38_143685_box_Incident_Summaries_101-172
Agency: Department of War
Page 101
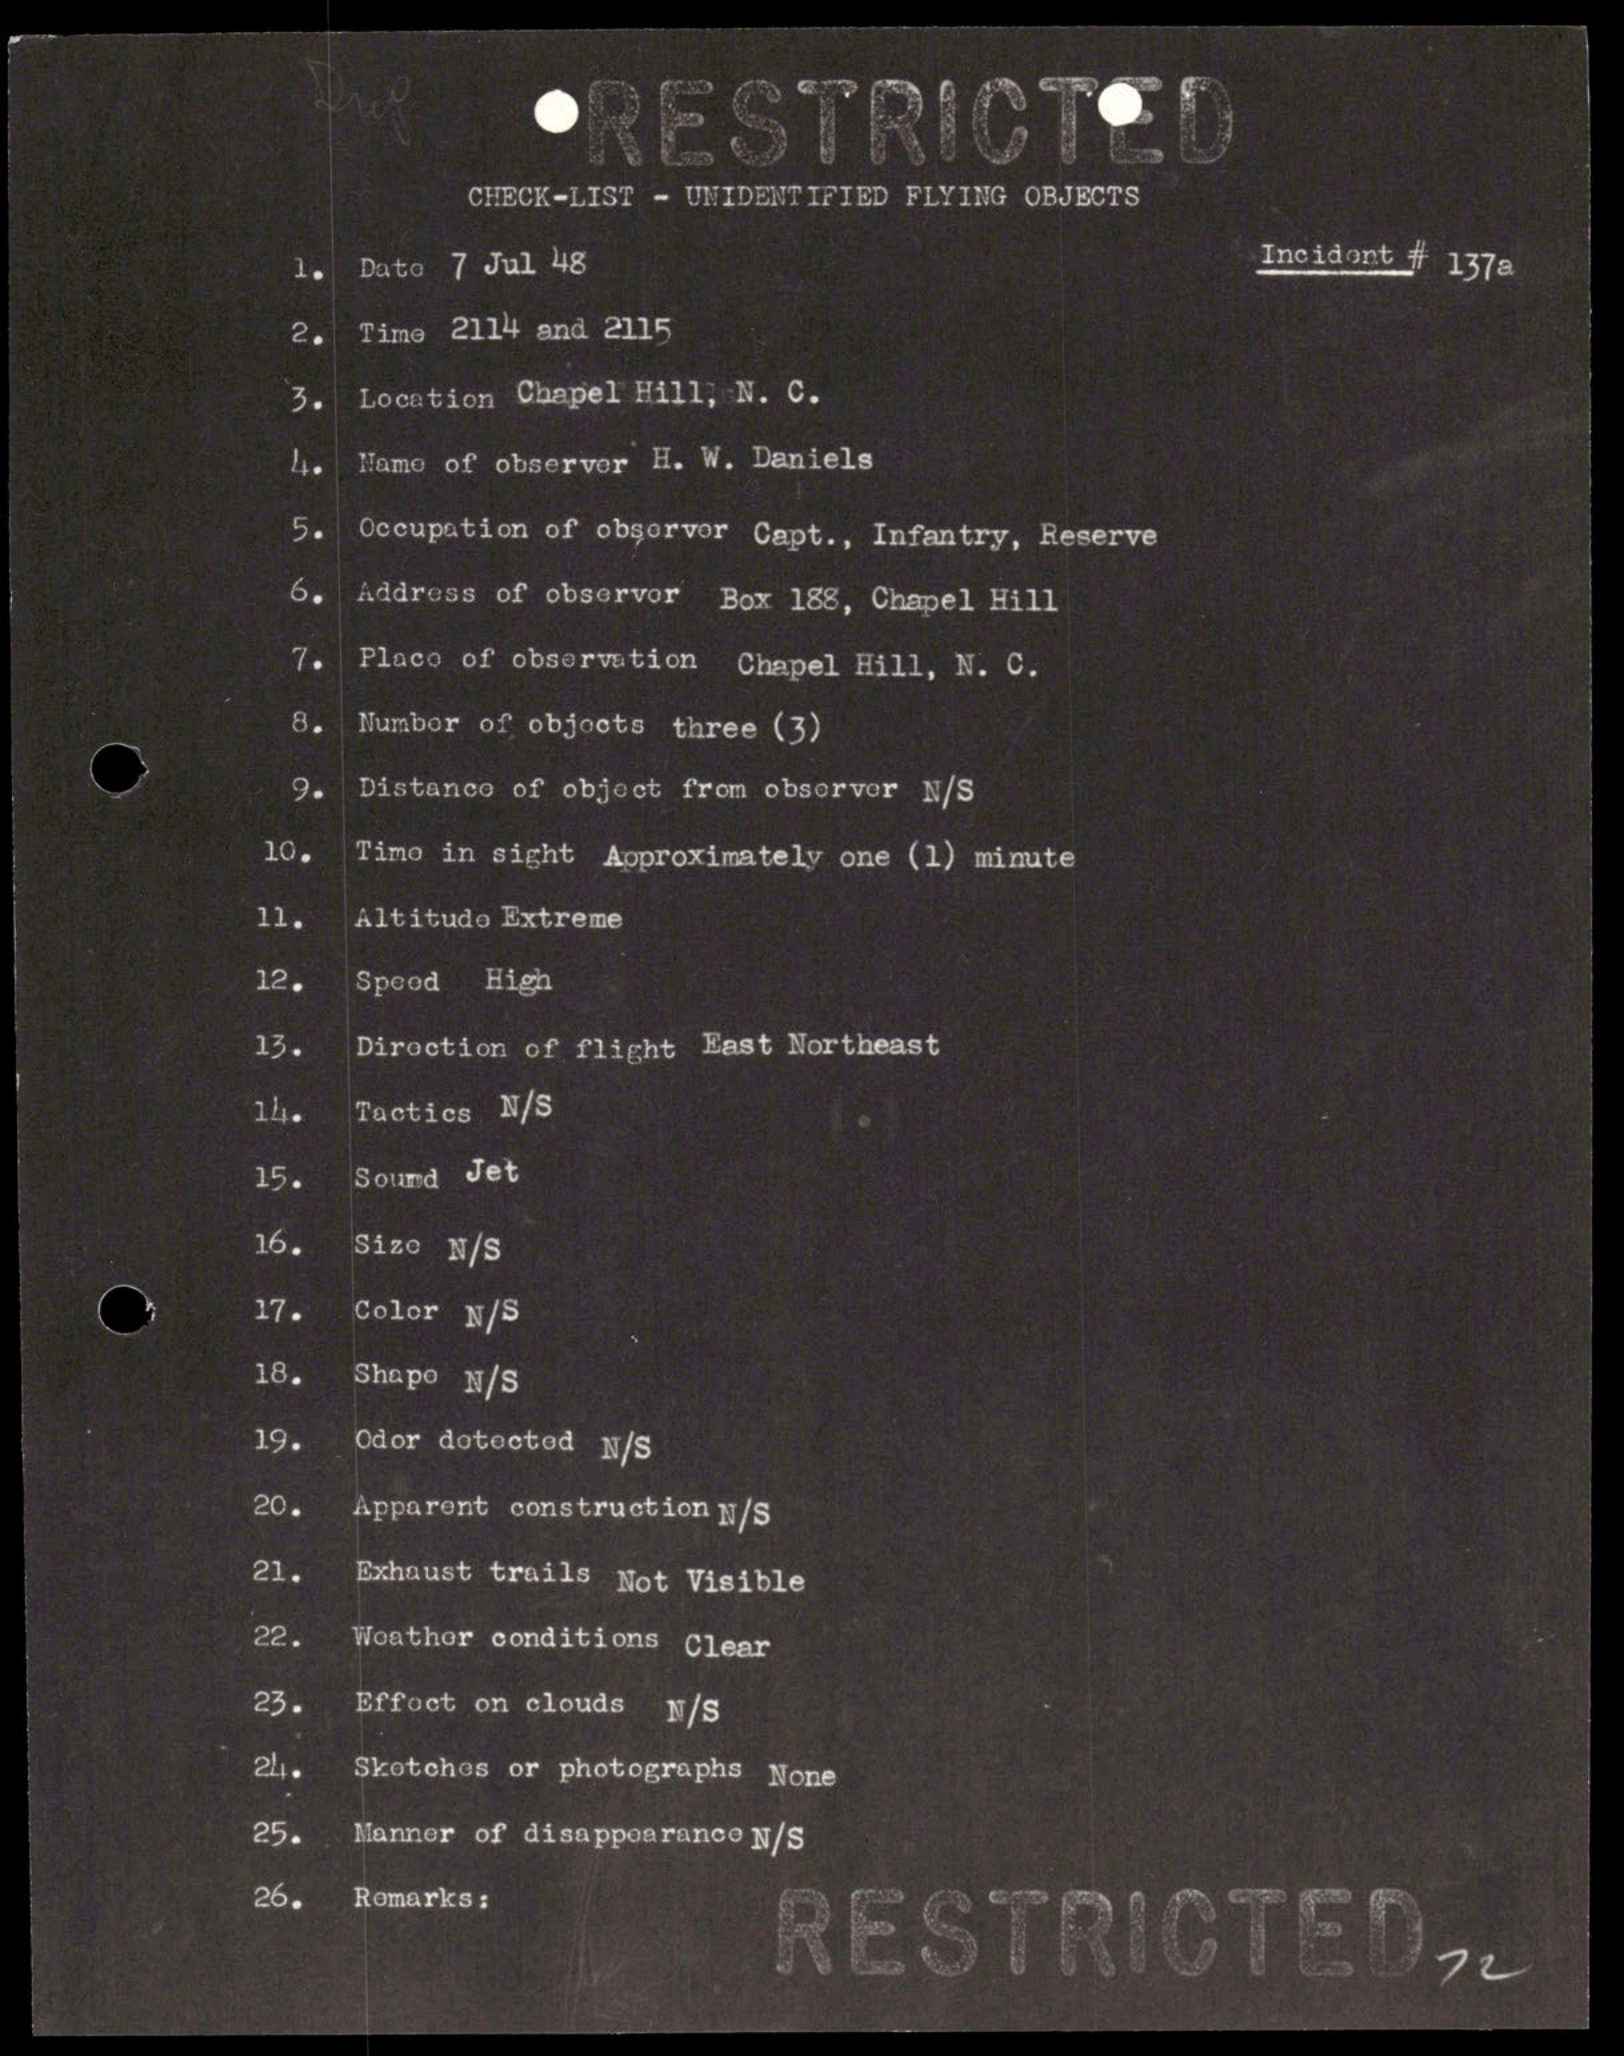